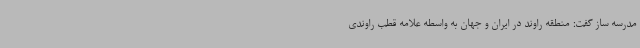
مدرسه ساز گفت: منطقه راوند در ایران و جهان به واسطه علامه قطب راوندی